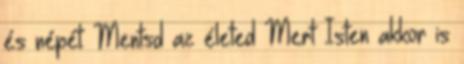
és népét: Mentsd az életed Mert Isten akkor is